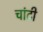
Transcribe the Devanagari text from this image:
चांटी